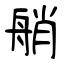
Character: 艄